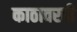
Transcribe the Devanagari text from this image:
काठावरही